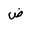
Letter: _dad